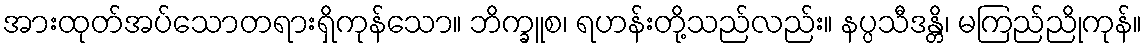
အားထုတ်အပ်သောတရားရှိကုန်သော။ ဘိက္ခူစ၊ ရဟန်းတို့သည်လည်း။ နပ္ပသီဒန္တိ၊ မကြည်ညိုကုန်။